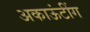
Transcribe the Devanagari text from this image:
अकाऊंटींग